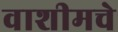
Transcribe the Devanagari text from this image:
वाशीमचे